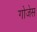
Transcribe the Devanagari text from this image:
गोजेस